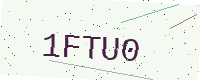
Text: 1FTU0